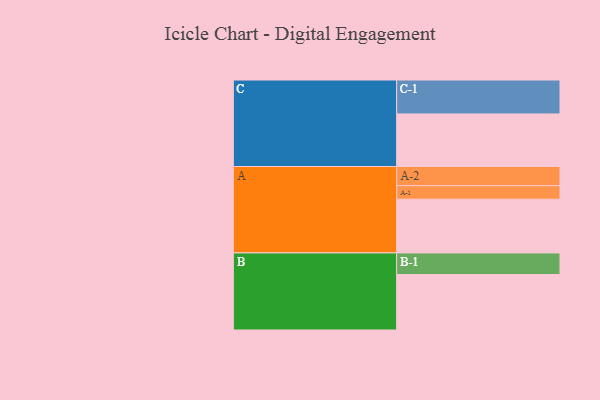
{"axis": {"x": "Segment", "y": "Value"}, "legend": ["", "A", "B", "C"], "data": [{"x": "A", "y": 462, "type": ""}, {"x": "B", "y": 477, "type": ""}, {"x": "C", "y": 452, "type": ""}, {"x": "A-1", "y": 116, "type": "A"}, {"x": "A-2", "y": 165, "type": "A"}, {"x": "B-1", "y": 186, "type": "B"}, {"x": "C-1", "y": 292, "type": "C"}]}